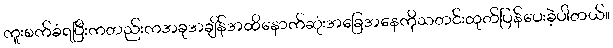
ကူးစက်ခံရပြီးကတည်းကအခုအချိန်အထိနောက်ဆုံးအခြေအနေကိုသတင်းထုတ်ပြန်ပေးခဲ့ပါတယ်။